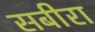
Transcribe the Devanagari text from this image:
सबीरा